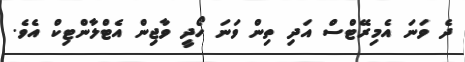
ދެ ވަނަ އެމިރޭޓްސް އަދި ތިން ވަނަ ހޯދީ ވާޖިން އެޓްލާންޓިކް އެވެ.